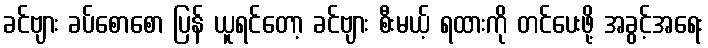
ခင်ဗျား ခပ်စောစော ပြန် ယူရင်တော့ ခင်ဗျား စီးမယ့် ရထားကို တင်ပေးဖို့ အခွင့်အရေး